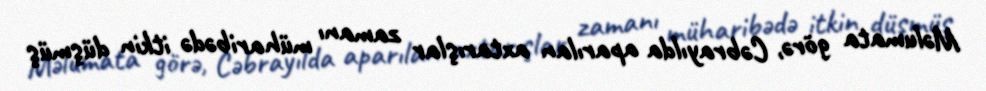
Məlumata görə, Cəbrayılda aparılan axtarışlar zamanı müharibədə itkin düşmüş